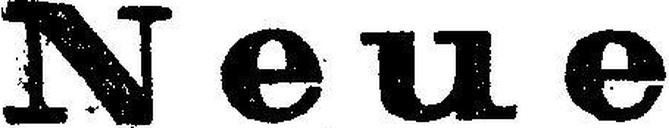
Neue